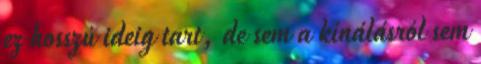
ez hosszú ideig tart, de sem a kínálásról sem